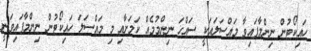
ހައިކޯޓުން ނިންމާފައިވާ މައްސަލައަކީ ސައްހަ ނިންމުމެއް ކަމަށާއި މި މައްސަލަ ހައިކޯޓުން ނިންމާފައިވަނީ